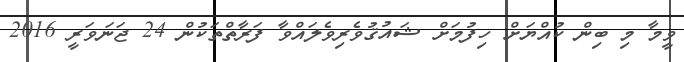
ވީމާ މި ބިން ކުއްޔަށް ހިފުމަށް ޝައުޤުވެރިވެލައްވާ ފަރާތްތަކުން 24 ޖަނަވަރީ 2016